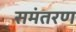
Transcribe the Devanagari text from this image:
समंतरण